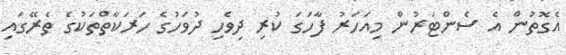
އެގޮތުން އެ ސެންޓަރުން މިއަހަރު ފާހަގަ ކުރި ދިވެހި ދުވަހުގެ ހަރަކާތްތަކުގެ ތެރޭގައި